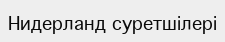
Нидерланд суретшілері